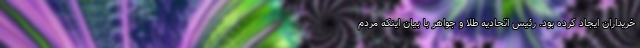
خریداران ایجاد کرده بود. رئیس اتحادیه طلا و جواهر با بیان اینکه مردم